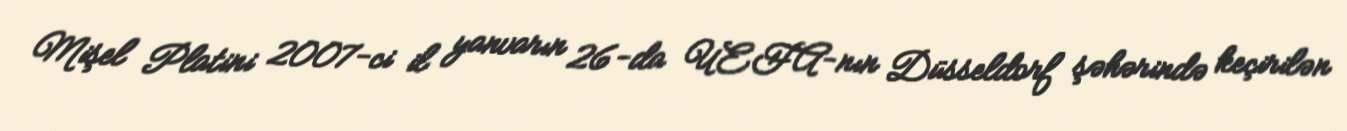
Mişel Platini 2007-ci il yanvarın 26-da UEFA-nın Düsseldorf şəhərində keçirilən